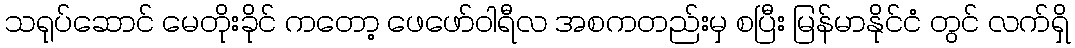
သရုပ်ဆောင် မေတိုးခိုင် ကတော့ ဖေဖော်ဝါရီလ အစကတည်းမှ စပြီး မြန်မာနိုင်ငံ တွင် လက်ရှိ